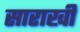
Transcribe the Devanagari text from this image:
साराखी